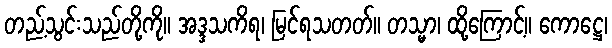
တည့်သွင်းသည်တို့ကို။ အဒ္ဒသကိရ၊ မြင်ရသတတ်။ တသ္မာ၊ ထို့ကြောင့်။ ကောဋ္ဌေ၊